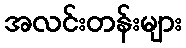
အလင်းတန်းများ